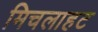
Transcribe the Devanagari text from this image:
मिचलाहट